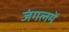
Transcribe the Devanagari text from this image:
जंगलमें